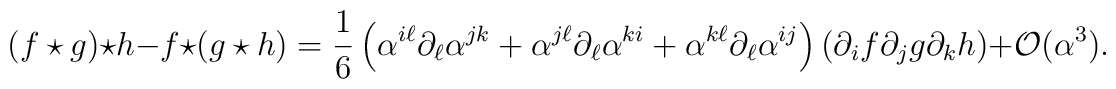
\left( f \star g \right) \star h - f \star \left( g \star h \right) = \frac{1}{6} \left( \alpha^{i\ell} \partial_{\ell} \alpha^{jk} + \alpha^{j\ell}\partial_{\ell} \alpha^{ki} + \alpha^{k\ell} \partial_{\ell} \alpha^{ij}\right) \left( \partial_{i} f \partial_{j} g \partial_{k} h \right) + \mathcal{O}(\alpha^{3}).